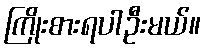
ကြိုးစားရပါဦးမယ်။